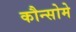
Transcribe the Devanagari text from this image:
कौन्सोमे